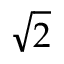
\sqrt { 2 }